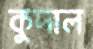
কুদাল